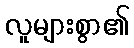
လူများစွာ၏